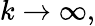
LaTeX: k\to\infty,